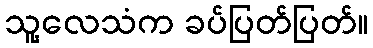
သူ့လေသံက ခပ်ပြတ်ပြတ်။